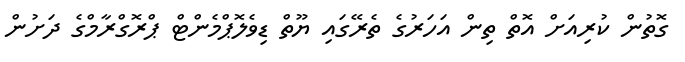
ގޮތުން ކުރިއަށް އޮތް ތިން އަހަރުގެ ތެރޭގައި ޔޫތް ޑިވެލޮޕްމެންޓް ޕްރޮގްރާމްގެ ދަށުން